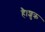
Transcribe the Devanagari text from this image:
है।शुक्र